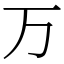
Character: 万